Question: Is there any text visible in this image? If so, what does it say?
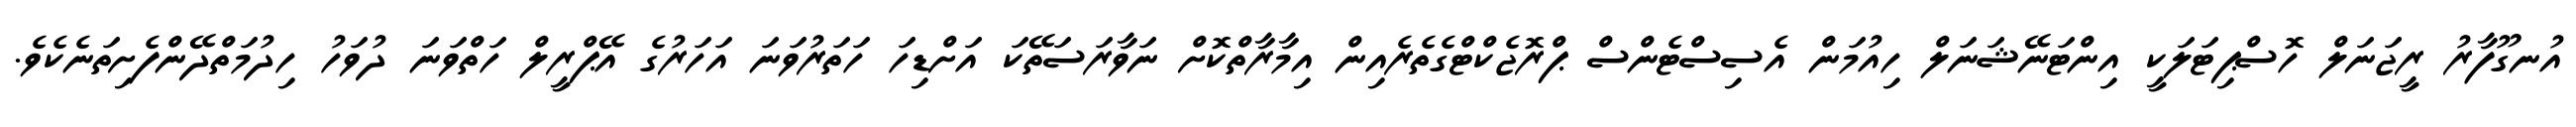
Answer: އުނގޫފާރު ރީޖަނަލް ހޮސްޕިޓަލަކީ އިންޓަނޭޝަނަލް ހިއުމަން އެސިސްޓެންސް ޕްރޮޖެކްޓްގެތެރެއިން އިމާރާތްކޮށް ނަވާރަސަތޭކަ އަށްޑިހަ ހަތަރުވަނަ އަހަރުގެ އޭޕްރީލް ހަތްވަނަ ދުވަހު ހިދުމަތްދޭންފެށިތަނެކެވެ.